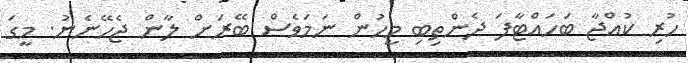
ހުރި ކުއްޖާ ބަހައްޓާފަ ދެންތިބި މީހުން ނަމަވެސް ބޭރަށް ލާން ޖެހޭނެނު. މީގަ